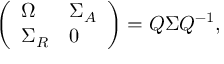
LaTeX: \left( \begin{array} { l l } { { \Omega } } & { { \Sigma _ { A } } } \\ { { \Sigma _ { R } } } & { { 0 } } \end{array} \right) = Q \Sigma Q ^ { - 1 } ,